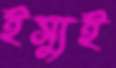
ইস্যুই